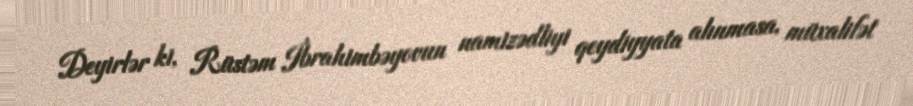
Deyirlər ki, Rüstəm İbrahimbəyovun namizədliyi qeydiyyata alınmasa, müxalifət